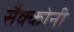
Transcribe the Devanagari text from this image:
सैक्कोनी